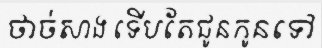
ថាច់សាង ទើបតែជូនកូនទៅ